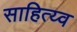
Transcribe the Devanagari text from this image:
साहित्य्व